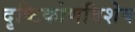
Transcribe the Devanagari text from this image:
दृष्टिकोणविशेष